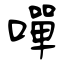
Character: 嘽